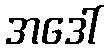
အဒေါ်